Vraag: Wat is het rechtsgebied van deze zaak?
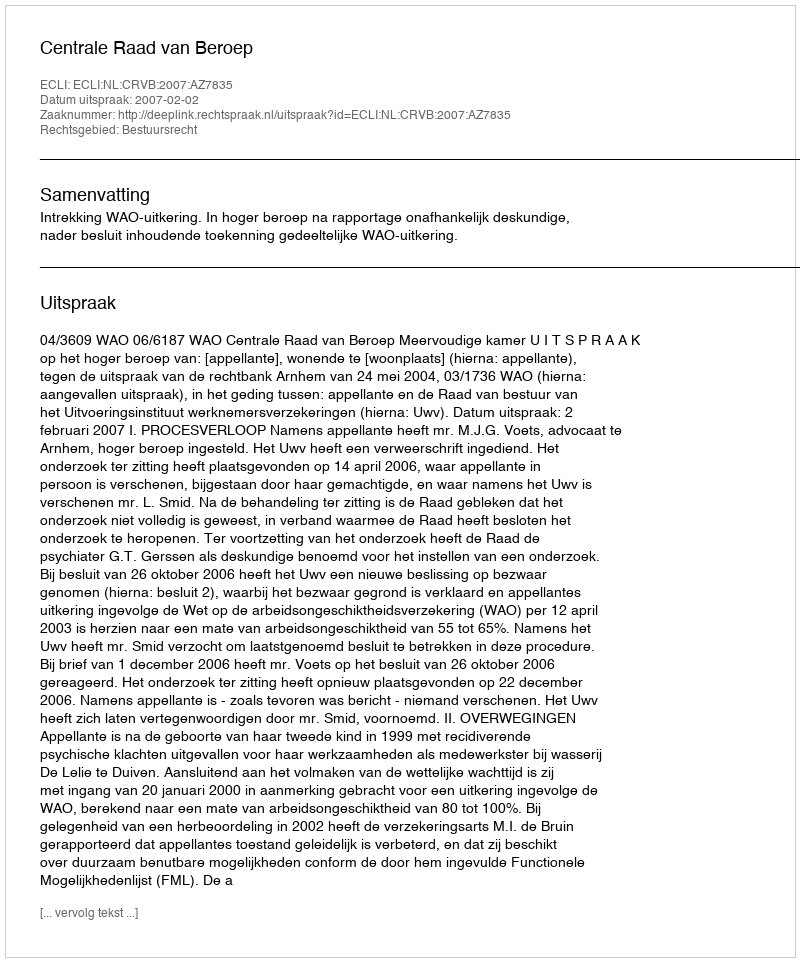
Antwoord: Bestuursrecht